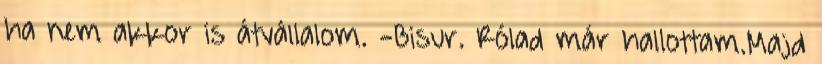
ha nem akkor is átvállalom. -Bisur. Rólad már hallottam.Majd